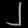
Digit: ၂